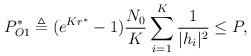
LaTeX: \begin{align*}P_{O1}^* \triangleq (e^{Kr^*}-1)\frac{N_0}{K}\sum_{i=1}^{K }\frac{1}{|h_{i}|^2} \leq P,\end{align*}